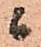
ニ